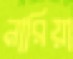
নারিয়া